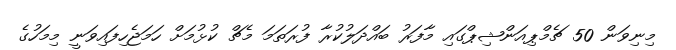
މިނިވަން 50 ޗެމްޕިއަންޝިޕްގައި މާފަރު ބައްދަލުކުރާ ފުރަތަމަ މެޗް ކުޅުމަށް ހަމަޖެހިފައިވަނީ މިމަހުގެ